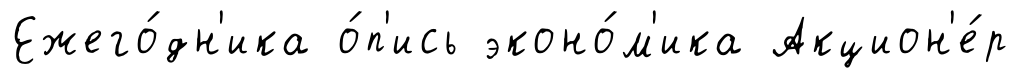
Ежего́дн'ика о́п'ись эконо́м'ика Акцион'е́р